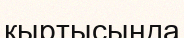
кыртысында